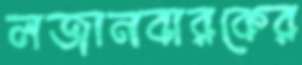
লজানবারকের